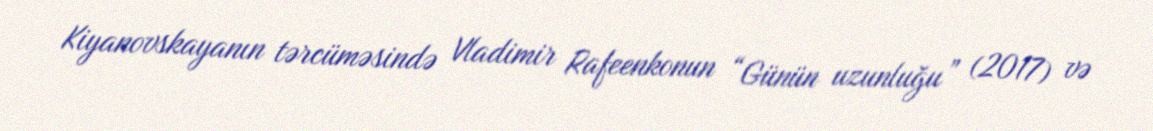
Kiyanovskayanın tərcüməsində Vladimir Rafeenkonun “Günün uzunluğu” (2017) və